Scientific memoirs by medical officers of the Army of India - Part II,
Year: 1886
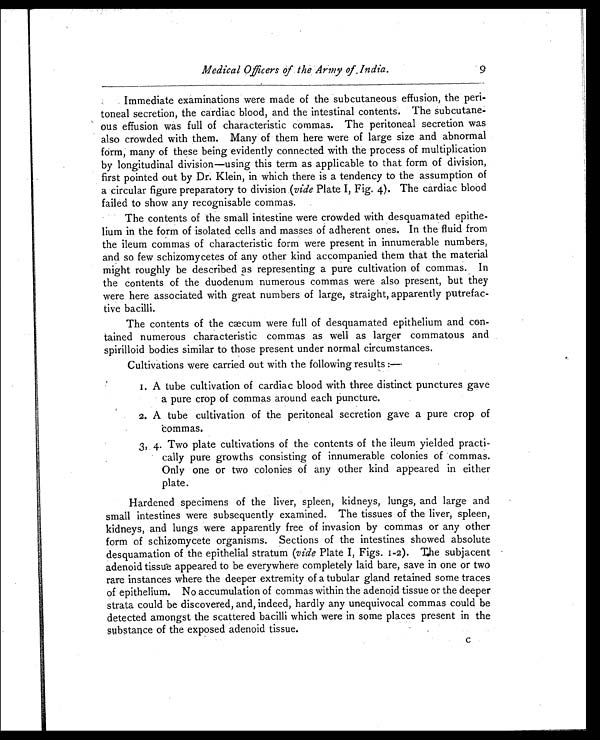
Medical Officers of the Army of India.
9
Immediate examinations were made of the subcutaneous effusion, the peri
-toneal secretion, the cardiac blood, and the intestinal contents. The subcutane
- o u s e f f u s i o n w a s f u l l o f c h a r a c t e r i s t i c c o m m a s . T h e p e r i t o n e a l s e c r e t i o n w a s
also crowded with them. Many of them here were of large size and abnormal
form, many of these being evidently connected with the process of multiplication
by longitudinal division—using this term as applicable to that form of division,
first pointed out by Dr. Klein, in which there is a tendency to the assumption of
a circular figure preparatory to division (vide Plate I, Fig. 4). The cardiac blood
failed to show any recognisable commas.
The contents of the small intestine were crowded with desquamated epithe-
lium in the form of isolated cells and masses of adherent ones. In the fluid from
the ileum commas of characteristic form were present in innumerable numbers,
and so few schizomycetes of any other kind accompanied them that the material
might roughly be described as representing a pure cultivation of commas. In
the contents of the duodenum numerous commas were also present, but they
were here associated with great numbers of large, straight, apparently putrefac-
tive bacilli.
The contents of the cæcum were full of desquamated epithelium and con-
tained numerous characteristic commas as well as larger commatous and
spirilloid bodies similar to those present under normal circumstances.
Cultivations were carried out with the following results :—
1. A tube cultivation of cardiac blood with three distinct punctures gave
a pure crop of commas around each puncture.
2. A tube cultivation of the peritoneal secretion gave a pure crop of
commas.
3, 4. Two plate cultivations of the contents of the ileum yielded practi
- c a l l y p u r e g r o w t h s c o n s i s t i n g o f i n n u m e r a b l e c o l o n i e s o f c o m m a s .
Only one or two colonies of any other kind appeared in either
plate.
Hardened specimens of the liver, spleen, kidneys, lungs, and large and
small intestines were subsequently examined. The tissues of the liver, spleen,
kidneys, and lungs were apparently free of invasion by commas or any other
form of schizomycete organisms. Sections of the intestines showed absolute
desquamation of the epithelial stratum (vide Plate I, Figs. 1-2). The subjacent
adenoid tissue appeared to be everywhere completely laid bare, save in one or two
rare instances where the deeper extremity of a tubular gland retained some traces
of epithelium. No accumulation of commas within the adenoid tissue or the deeper
strata could be discovered, and, indeed, hardly any unequivocal commas could be
detected amongst the scattered bacilli which were in some places present in the
substance of the exposed adenoid tissue.
c